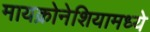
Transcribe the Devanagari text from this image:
मायक्रोनेशियामध्ये